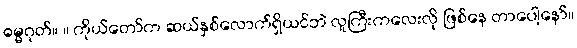
ဓမ္မဂုတ်။ ။ ကိုယ်တော်က ဆယ်နှစ်လောက်ရှိယင်ဘဲ လူကြီးကလေးလို ဖြစ်နေ တာပေါ့နော်။